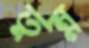
তুন্ন